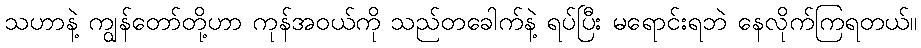
သဟာနဲ့ ကျွန်တော်တို့ဟာ ကုန်အဝယ်ကို သည်တခေါက်နဲ့ ရပ်ပြီး မရောင်းရဘဲ နေလိုက်ကြရတယ်။